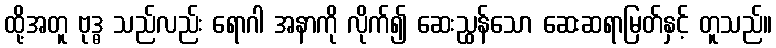
ထို့အတူ ဗုဒ္ဓ သည်လည်း ရောဂါ အနာကို လိုက်၍ ဆေးညွှန်သော ဆေးဆရာမြတ်နှင့် တူသည်။